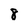
Character: 8